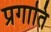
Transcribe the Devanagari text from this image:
प्रगाति